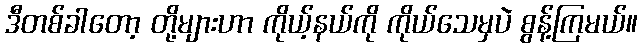
ဒီတစ်ခါတော့ တို့များဟာ ကိုယ့်နယ်ကို ကိုယ်သေမှပဲ စွန့်ကြမယ်။